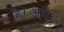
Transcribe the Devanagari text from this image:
है।अधेड़